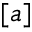
[ a ]